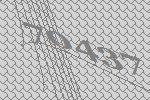
70437